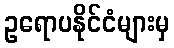
ဥရောပနိုင်ငံများမှ